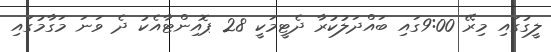
ލީގުގައި މިރޭ 9:00ގައި ބައްދަލުކުރާ ދެޓީމަކީ 28 ޕޮއިންޓާއެކު ދެ ވަނަ މަގާމުގައި